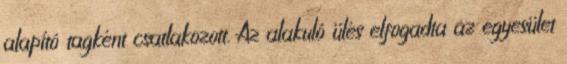
alapító tagként csatlakozott. Az alakuló ülés elfogadta az egyesület